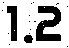
1.2